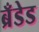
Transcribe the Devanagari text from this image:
ब्रँडेड